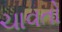
ચાવતો